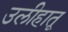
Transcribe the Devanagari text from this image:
उलीहातू